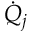
{ \dot { Q } } _ { j }